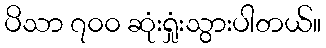
ပိသာ ၇၀၀ ဆုံးရှုံးသွားပါတယ်။